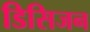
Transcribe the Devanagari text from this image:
डिसिजन